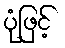
ပုံဖြင့်